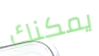
يمكنك